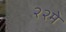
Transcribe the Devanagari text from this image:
२२मे